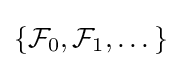
\left\{{\mathcal {F}}_{0},{\mathcal {F}}_{1},\dots \right\}